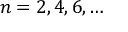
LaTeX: n = 2 , 4 , 6 , \ldots